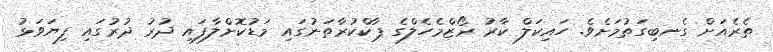
ތެރެއަށް ގެނބިގަތުމަށެވެ. ހައިކަލް ކާރު ރޯޒްމެހެލްގެ ޕާކްކުރާތަނުގައި މަޑުކޮށްލާފައި ދުރު ދުރުގައި ފިޔަވަޅު